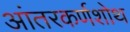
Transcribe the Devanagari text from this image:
आंतरकर्णशोथ